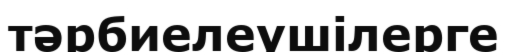
тәрбиелеушілерге